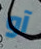
آو